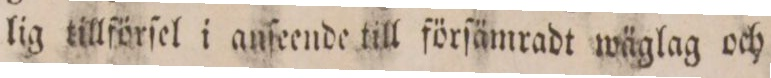
lig tillförſel i anſeende till förſämradt wäglag och